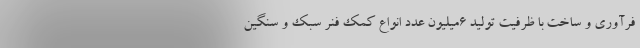
فرآوری و ساخت با ظرفیت تولید ٦میلیون عدد انواع کمک فنر سبک و سنگین